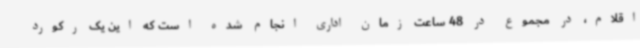
اقلام، در مجموع در 48 ساعت زمان اداری انجام شده است که این یک رکورد